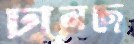
ঢালছে